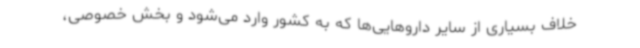
خلاف بسیاری از سایر داروهایی‌ها که به کشور وارد می‌شود و بخش خصوصی،